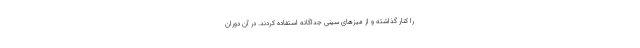
را کنار گذاشته و از میزهای سینی جداگانه استفاده کردند. در آن دوران